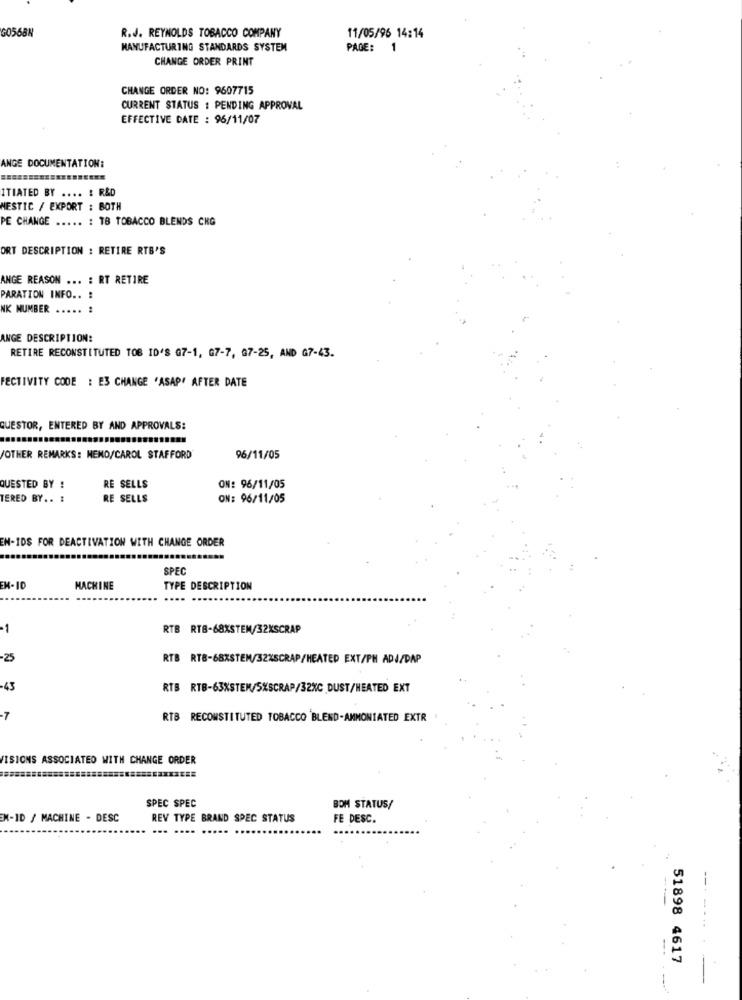
GO568N
R.J. REYNOLDS TOBACCO COMPANY
11/05/96 14:14
MANUFACTURING STANDARDS SYSTEM
PAGE: 1
CHANGE ORDER PRINT
CHANGE ORDER NO: 9607715
CURRENT STATUS : PENDING APPROVAL
EFFECTIVE DATE : 96/11/07
ANGE DOCUMENTATION:
ITIATED BY .... : R&D
MESTIC / EXPORT : BOTH
PE CHANGE ..... : TB TOBACCO BLENDS CHG
ORT DESCRIPTION : RETIRE RTB'S
ANGE REASON ... : RT RETIRE
PARATION INFO .. :
NK NUMBER
ANGE DESCRIPTION:
RETIRE RECONSTITUTED TOS ID'S 07-1, 67-7, 67-25, AND G7-43.
FECTIVITY CODE : E3 CHANGE 'ASAP" AFTER DATE
QUESTOR, ENTERED BY AND APPROVALS:
/OTHER REMARKS: MENO/CAROL STAFFORD
96/11/05
QUESTED BY !
RE SELLS
ON: 96/11/05
TERED BY .. :
RE SELLS
ON: 96/11/05
EN-IDS FOR DEACTIVATION WITH CHANGE ORDER
SPEC
EN-10
MACHINE
TYPE DESCRIPTION
-1
RTB RTB-68XSTEM/32XSCRAP
-25
RTB RTB-68XSTEM/32%SCRAP/HEATED EXT/PH ADJ/DAP
-43
RTB RTB-63XSTEM/SXSCRAP/32XC DUST/HEATED EXT
-7
RTB RECONSTITUTED TOBACCO BLEND-AMMONIATED EXTR
ISIONS ASSOCIATED WITH CHANGE ORDER
SPEC SPEC
BOM STATUS/
EN-ID / MACHINE - DESC
REV TYPE BRAND SPEC STATUS
FE DESC.
...
---
--.....
--
51898 4617